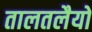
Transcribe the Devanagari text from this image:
तालतलैयों